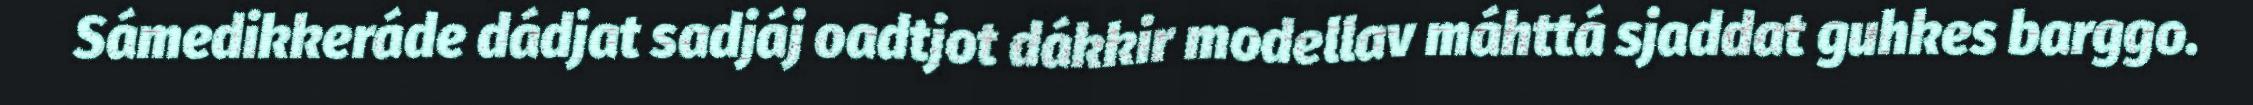
Sámedikkeráde dádjat sadjáj oadtjot dákkir modellav máhttá sjaddat guhkes barggo.